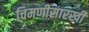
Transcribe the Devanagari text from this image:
चिमणीसारखी